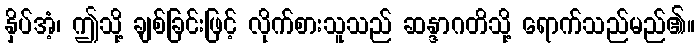
နှိပ်အံ့၊ ဤသို့ ချစ်ခြင်းဖြင့် လိုက်စားသူသည် ဆန္ဒာဂတိသို့ ရောက်သည်မည်၏။